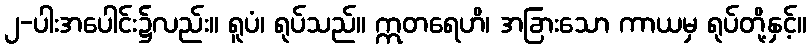
၂-ပါးအပေါင်း၌လည်း။ ရူပံ၊ ရုပ်သည်။ ဣတရေဟိ၊ အခြားသော ကာယမှ ရုပ်တို့နှင့်။